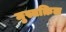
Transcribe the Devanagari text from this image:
मुस्तक़िल